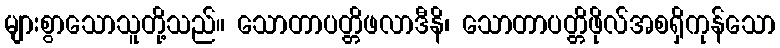
များစွာသောသူတို့သည်။ သောတာပတ္တိဖလာဒီနိ၊ သောတာပတ္တိဖိုလ်အစရှိကုန်သော